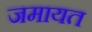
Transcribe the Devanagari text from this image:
जमायत